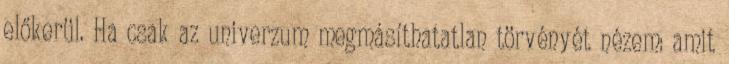
előkerül. Ha csak az univerzum megmásíthatatlan törvényét nézem: amit